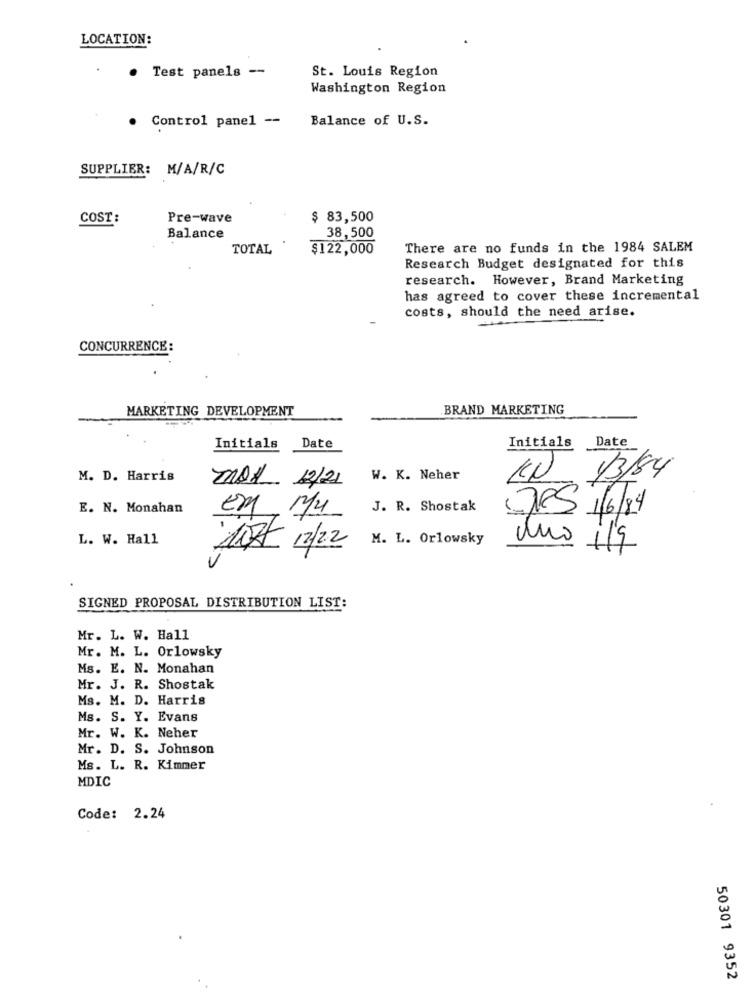
LOCATION:
. Test panels --
St. Louis Region
Washington Region
Control panel --
Balance of U.S.
.
SUPPLIER: M/A/R/C
COST:
Pre-wave
$ 83,500
38,500
Balance
TOTAL
$122,000
There are no funds in the 1984 SALEM
Research Budget designated for this
research. However, Brand Marketing
has agreed to cover these incremental
costs, should the need arise.
CONCURRENCE:
MARKETING DEVELOPMENT
BRAND MARKETING
Initials
Date
Initials Date
M. D. Harris
MAX 12/21
W. K. Neher
KN 13/84
E. N. Monahan
EM 1/4
J. R. Shostak
De5 /6/84
L. W. Hall
M. L. Orlowsky
uno 1/7
ATT 12/2
SIGNED PROPOSAL DISTRIBUTION LIST:
Mr. L. W. Hall
Mr. M. L. Orlowsky
Ms. E. N. Monahan
Mr. J. R. Shostak
Ms. M. D. Harris
Ms. S. Y. Evans
Mr. W. K. Neher
Mr. D. S. Johnson
Ms. L. R. Kimmer
MDIC
Code: 2.24
50301 9352